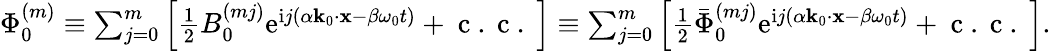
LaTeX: \begin{array}{r}{\Phi_{0}^{(m)}\equiv\sum_{j=0}^{m}\left[\frac{1}{2}B_{0}^{(mj)}\mathrm{e}^{\mathrm{i}j(\alpha\mathbf{k}_{0}\cdot\mathbf{x}-\beta\omega_{0}t)}+\mathrm{~c~.~c~.~}\right]\equiv\sum_{j=0}^{m}\left[\frac{1}{2}\bar{\Phi}_{0}^{(mj)}\mathrm{e}^{\mathrm{i}j(\alpha\mathbf{k}_{0}\cdot\mathbf{x}-\beta\omega_{0}t)}+\mathrm{~c~.~c~.~}\right].}\end{array}